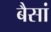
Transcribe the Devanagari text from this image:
बैसां